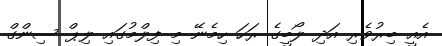
އެއީ ބިރުވެރި އަދި ލޯބީގެ ރަހަ ހިމެނޭ މި ފިލްމުގައި ލިޕް ސިންގް